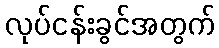
လုပ်ငန်းခွင်အတွက်